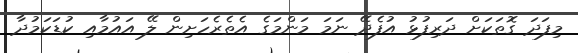
މިފަދަ ގޮތަކަށް ދަރިފުޅު އުފެދޭ ނަމަ މަންމަގެ އެތެރެހަށިން ލޭ އައުމާއި ކުޑަކަމުދާ